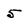
Character: 5